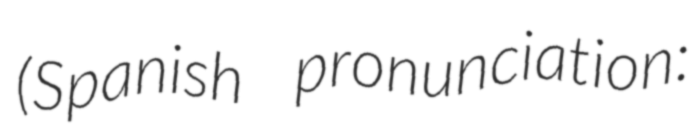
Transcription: (Spanish pronunciation: